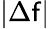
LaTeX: \vert\Delta\mathsf{f}\vert